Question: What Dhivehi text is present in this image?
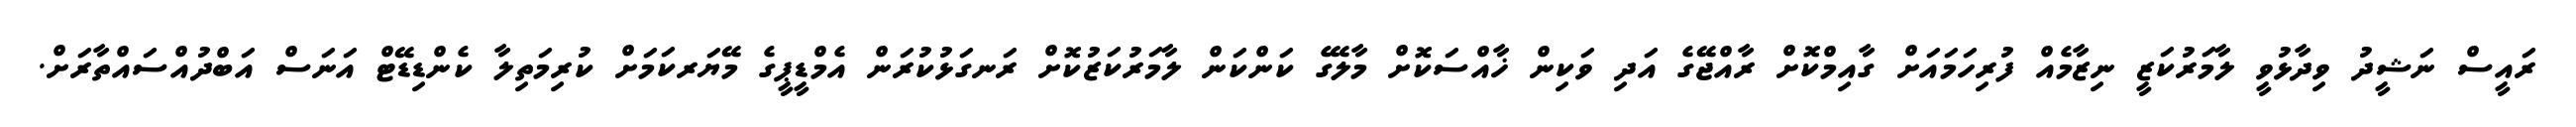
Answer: ރައީސް ނަޝީދު ވިދާޅުވީ ލާމަރުކަޒީ ނިޒާމެއް ފުރިހަމައަށް ގާއިމްކޮށް ރާއްޖޭގެ އަދި ވަކިން ޚާއްސަކޮށް މާލޭގެ ކަންކަން ލާމަރުކަޒުކޮށް ރަނގަޅުކުރަން އެމްޑީޕީގެ މޭޔަރކަމަށް ކުރިމަތިލާ ކެންޑިޑޭޓް އަނަސް އަބްދުއްސައްތާރަށް.